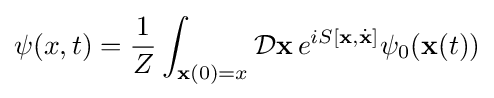
\psi (x,t)={\frac {1}{Z}}\int _{\mathbf {x} (0)=x}{\mathcal {D}}\mathbf {x} \,e^{iS[\mathbf {x} ,{\dot {\mathbf {x} }}]}\psi _{0}(\mathbf {x} (t))